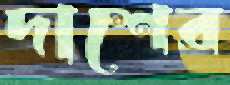
দাশের